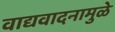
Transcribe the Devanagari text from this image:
वाद्यवादनामुळे